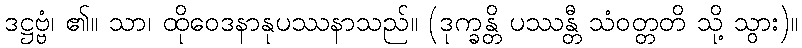
ဒဋ္ဌဗ္ဗံ၊ ၏။ သာ၊ ထိုဝေဒနာနုပဿနာသည်။ (ဒုက္ခန္တိ ပဿန္တီ သံဝတ္တတိ သို့ သွား)။